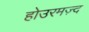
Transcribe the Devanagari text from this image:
होउरमज़्द